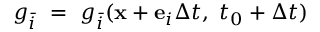
g _ { \bar { i } } ~ = ~ g _ { \bar { i } } ( \mathbf { x } + \mathbf { e } _ { i } \Delta t , \ t _ { 0 } + \Delta t )